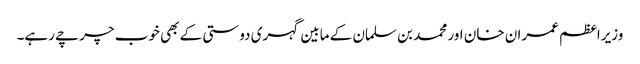
وزیراعظم عمران خان اور محمد بن سلمان کے مابین گہری دوستی کے بھی خوب چرچے رہے۔